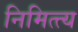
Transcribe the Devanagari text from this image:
निमित्त्य